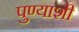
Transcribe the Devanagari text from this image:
पुण्याशी